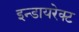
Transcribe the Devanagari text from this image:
इन्डायरेक्ट